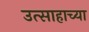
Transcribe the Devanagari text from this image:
उत्साहाच्या